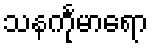
သနင်္ကုမာရော